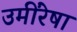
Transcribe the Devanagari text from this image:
उमींरेषा